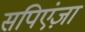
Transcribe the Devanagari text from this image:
सपिएंज़ा